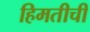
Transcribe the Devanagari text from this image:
हिमतीची